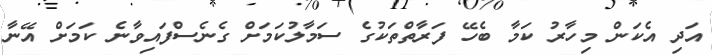
އަދި އެކަން މިހާރު ކަމާ ބެހޭ ފަރާތްތަކުގެ ސަމާލުކަމަށް ގެނެސްފައިވާނެ ކަމަށް އޭނާ